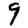
Digit: 9